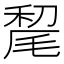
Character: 𰚥